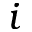
i